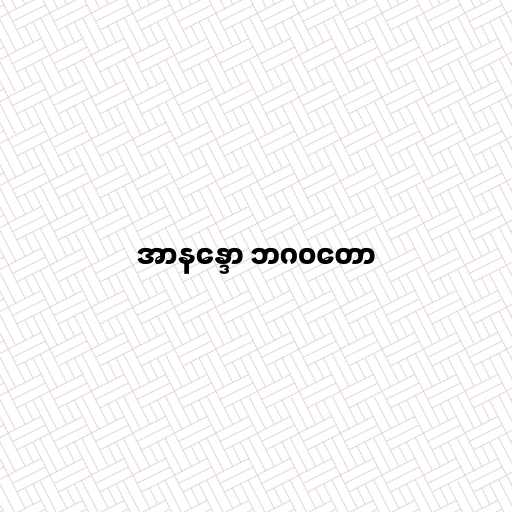
အာနန္ဒော ဘဂဝတော